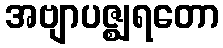
အဗျာပဇ္ဈရတော